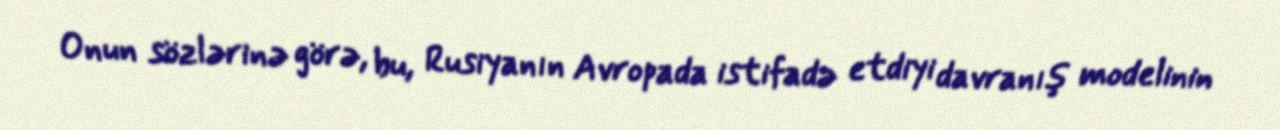
Onun sözlərinə görə, bu, Rusiyanın Avropada istifadə etdiyi davranış modelinin